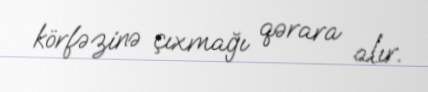
körfəzinə çıxmağı qərara alır.